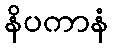
နိပကာနံ